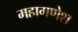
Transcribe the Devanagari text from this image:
महागणेश